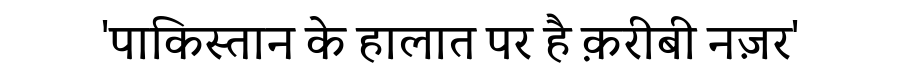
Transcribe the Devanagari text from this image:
'पाकिस्तान के हालात पर है क़रीबी नज़र'